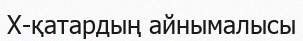
X-қатардың айнымалысы